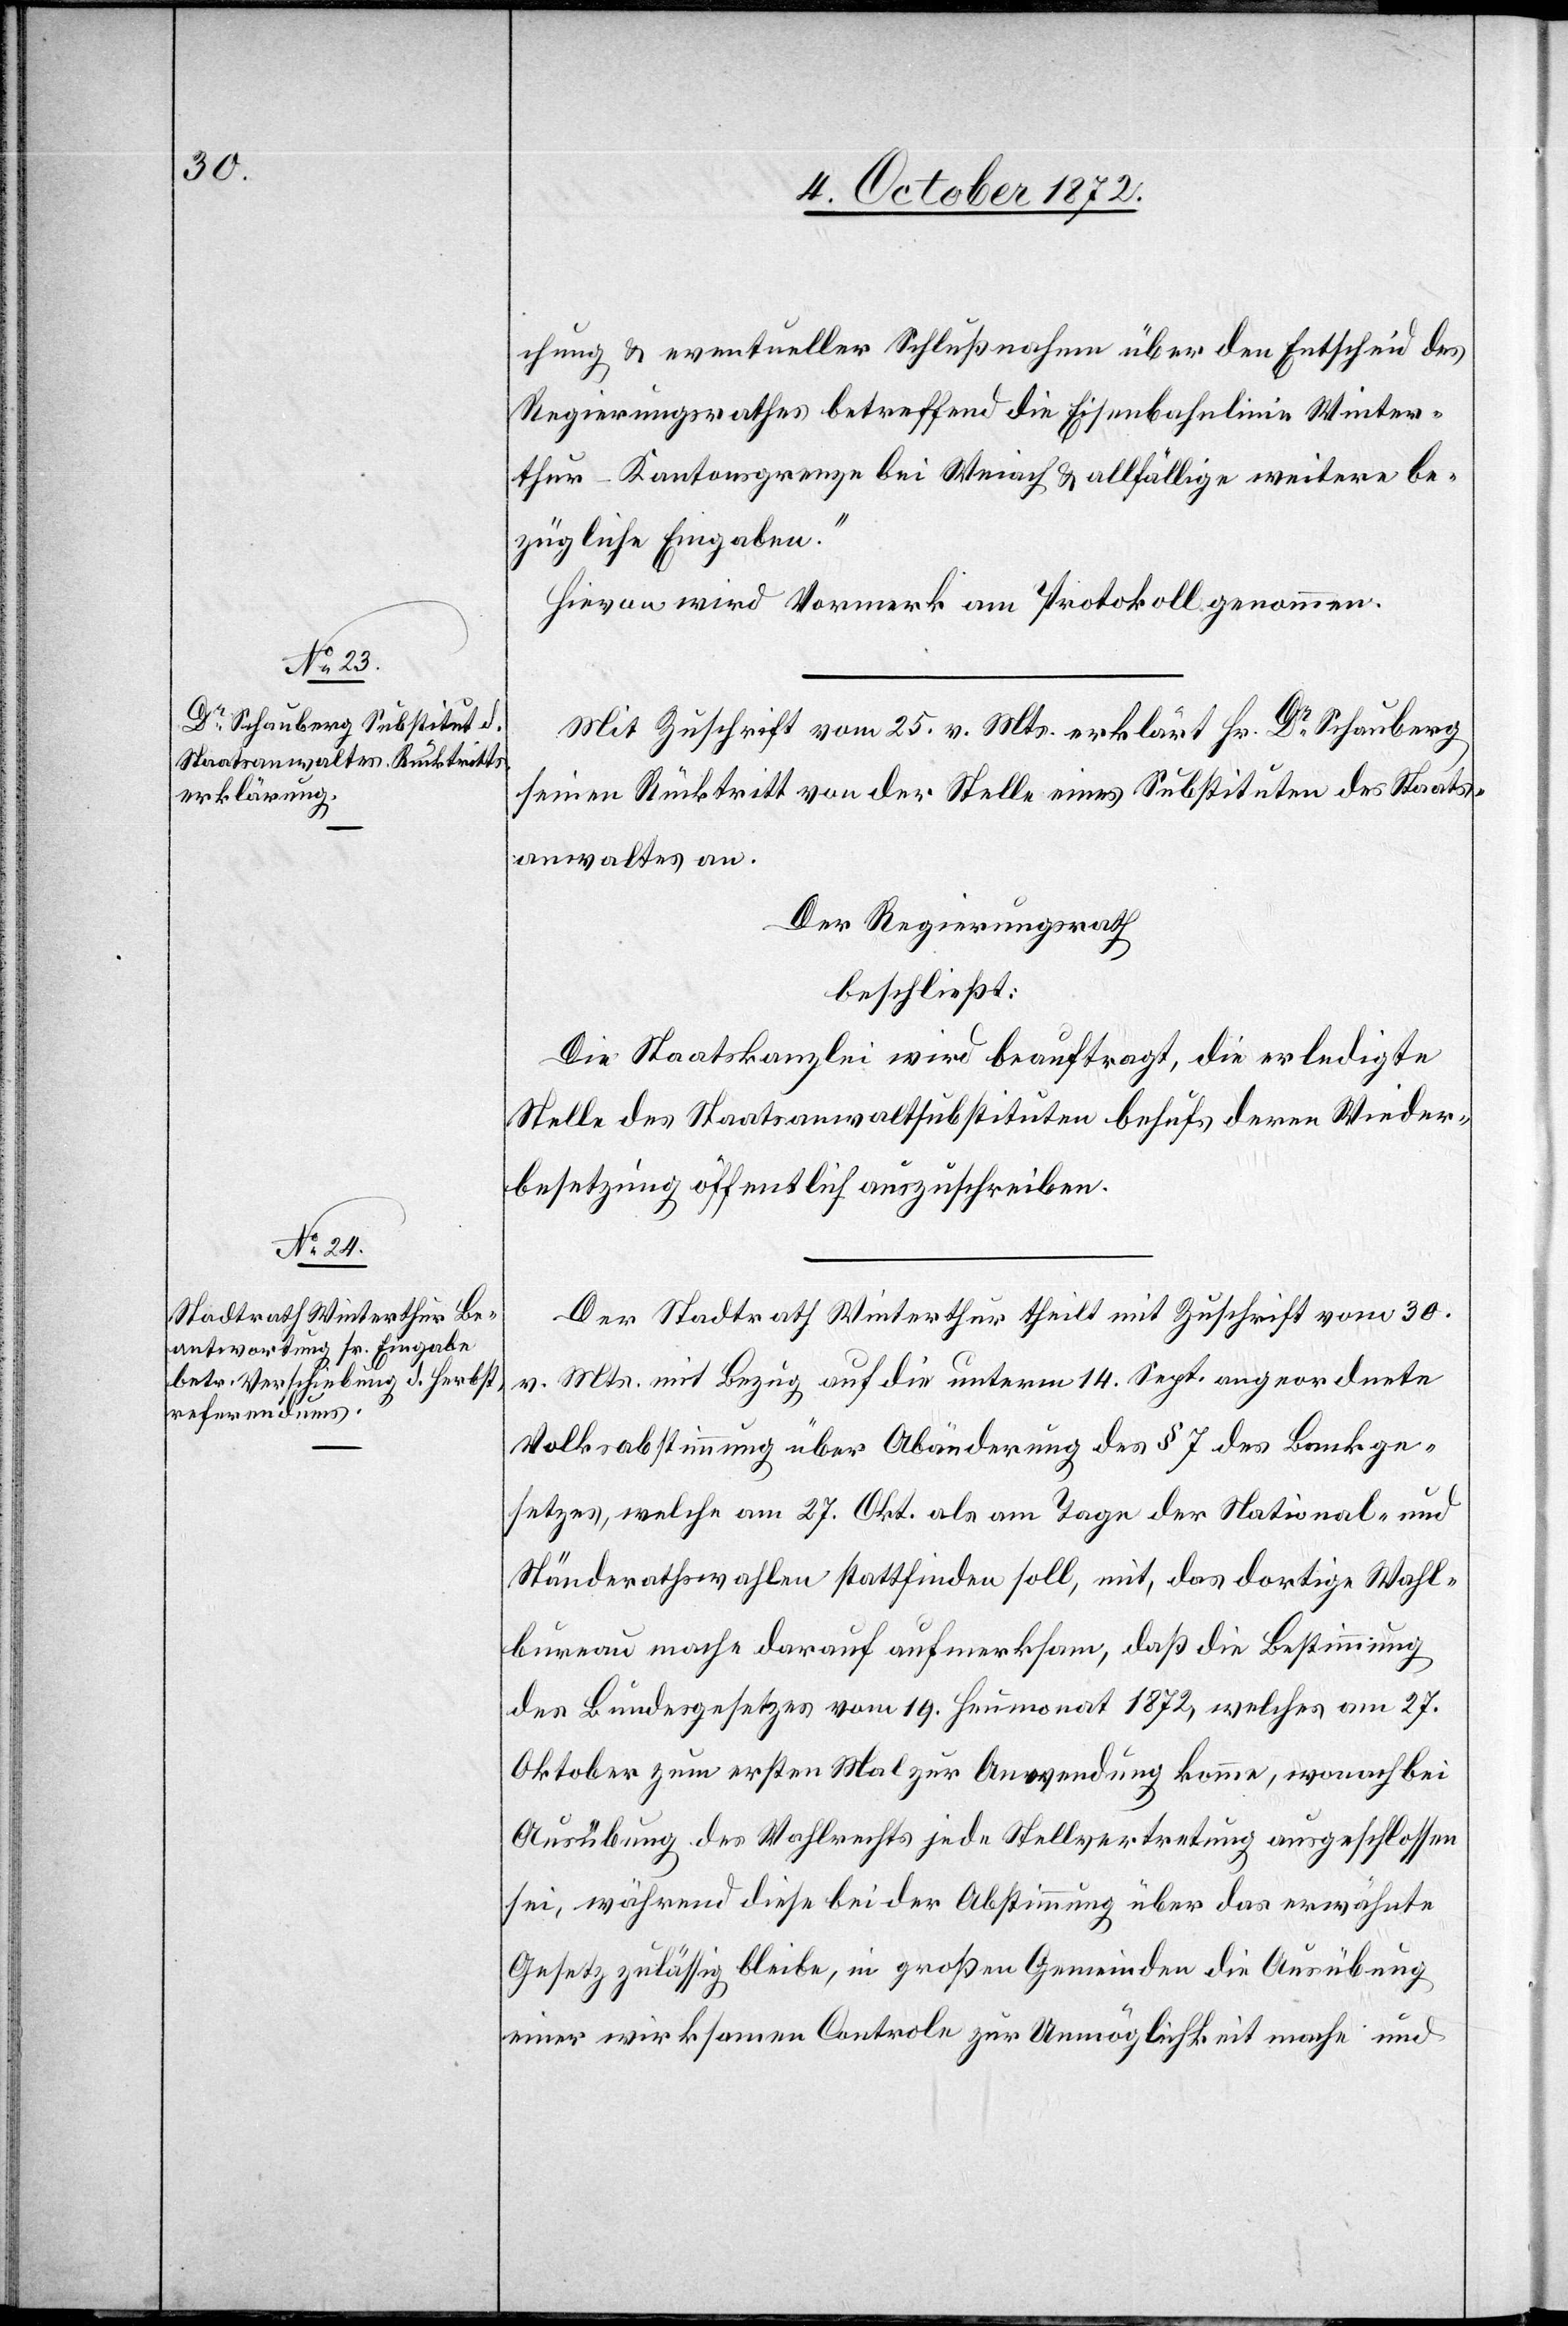
chung u. eventueller Schlußnahme über den Entscheid des
Regierungsrathes betreffend die Eisenbahnlinie Winter¬
thur–Kantonsgrenze bei Weiach u. allfällige weitere be¬
zügliche Eingaben.“
Hievon wird Vormerk am Protokoll genommen.
Mit Zuschrift vom 25. v. Mts. erklärt Hr. Dr Schauberg
seinen Rücktritt von der Stelle eines Substituten des Staats¬
anwaltes an.
Der Regierungsrath
beschließt:
Die Staatskanzlei wird beauftragt, die erledigte
Stelle des Staatsanwaltsubstitutes behufs deren Wieder¬
besetzung öffentlich auszuschreiben.
Der Stadtrath Winterthur theilt mit Zuschrift vom 30.
Mts. mit Bezug auf die unterm 14. Sept. angeordnete
Volksabstimmung über Abänderung des § 7 des Bankge¬
setzes, welche am 27. Okt. als am Tage der National- und
Ständerathswahlen stattfinden soll, mit, das dortige Wahl¬
bureau mache darauf aufmerksam, daß die Bestimmung
des Bundesgesetzes vom 19. Heumonat 1872, welches am 27.
Oktober zum ersten Mal zur Anwendung komme, wonach bei
Ausübung des Wahlrechtes jede Stellvertretung ausgeschlossen
sei, während diese bei der Abstimmung über das erwähnte
Gesetz zulässig bleibe, in großen Gemeinden die Ausübung
einer wirksamen Controle zur Unmöglichkeit mache und